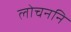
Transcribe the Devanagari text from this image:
लोचननि